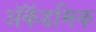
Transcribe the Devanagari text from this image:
ॲकॅडमिक